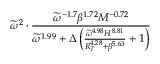
\widetilde \omega ^ { 2 } \cdot \frac { \widetilde { \omega } ^ { - 1 . 7 } \beta ^ { 1 . 7 2 } M ^ { - 0 . 7 2 } } { \widetilde { \omega } ^ { 1 . 9 9 } + \Delta \left( \frac { \widetilde { \omega } ^ { 4 . 9 8 } H ^ { 8 . 8 1 } } { R _ { T } ^ { 4 . 2 8 } + \beta ^ { 5 . 6 3 } } + 1 \right) }